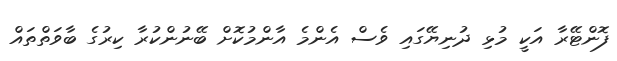
ފޮންޓޭރާ އަކީ މުޅި ދުނިޔޭގައި ވެސް އެންމެ އާންމުކޮށް ބޭނުންކުރާ ކިރުގެ ބާވަތްތައް